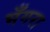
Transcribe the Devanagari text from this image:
भँगरा